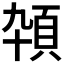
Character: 𱂕